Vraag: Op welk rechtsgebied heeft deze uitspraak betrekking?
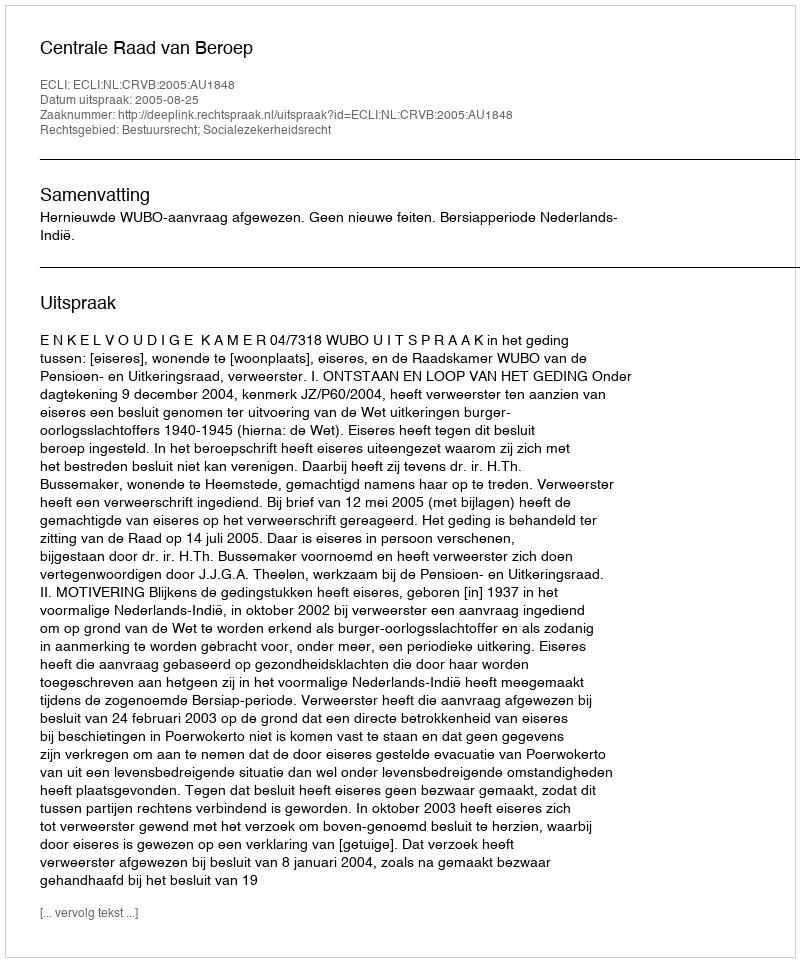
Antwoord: Bestuursrecht; Socialezekerheidsrecht